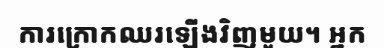
ការក្រោកឈរឡើងវិញមួយ។ អ្នក